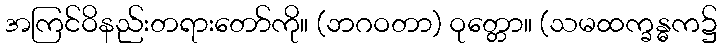
အကြင်ဝိနည်းတရားတော်ကို။ (ဘဂဝတာ) ဝုတ္တော။ (သမထက္ခန္ဓက၌